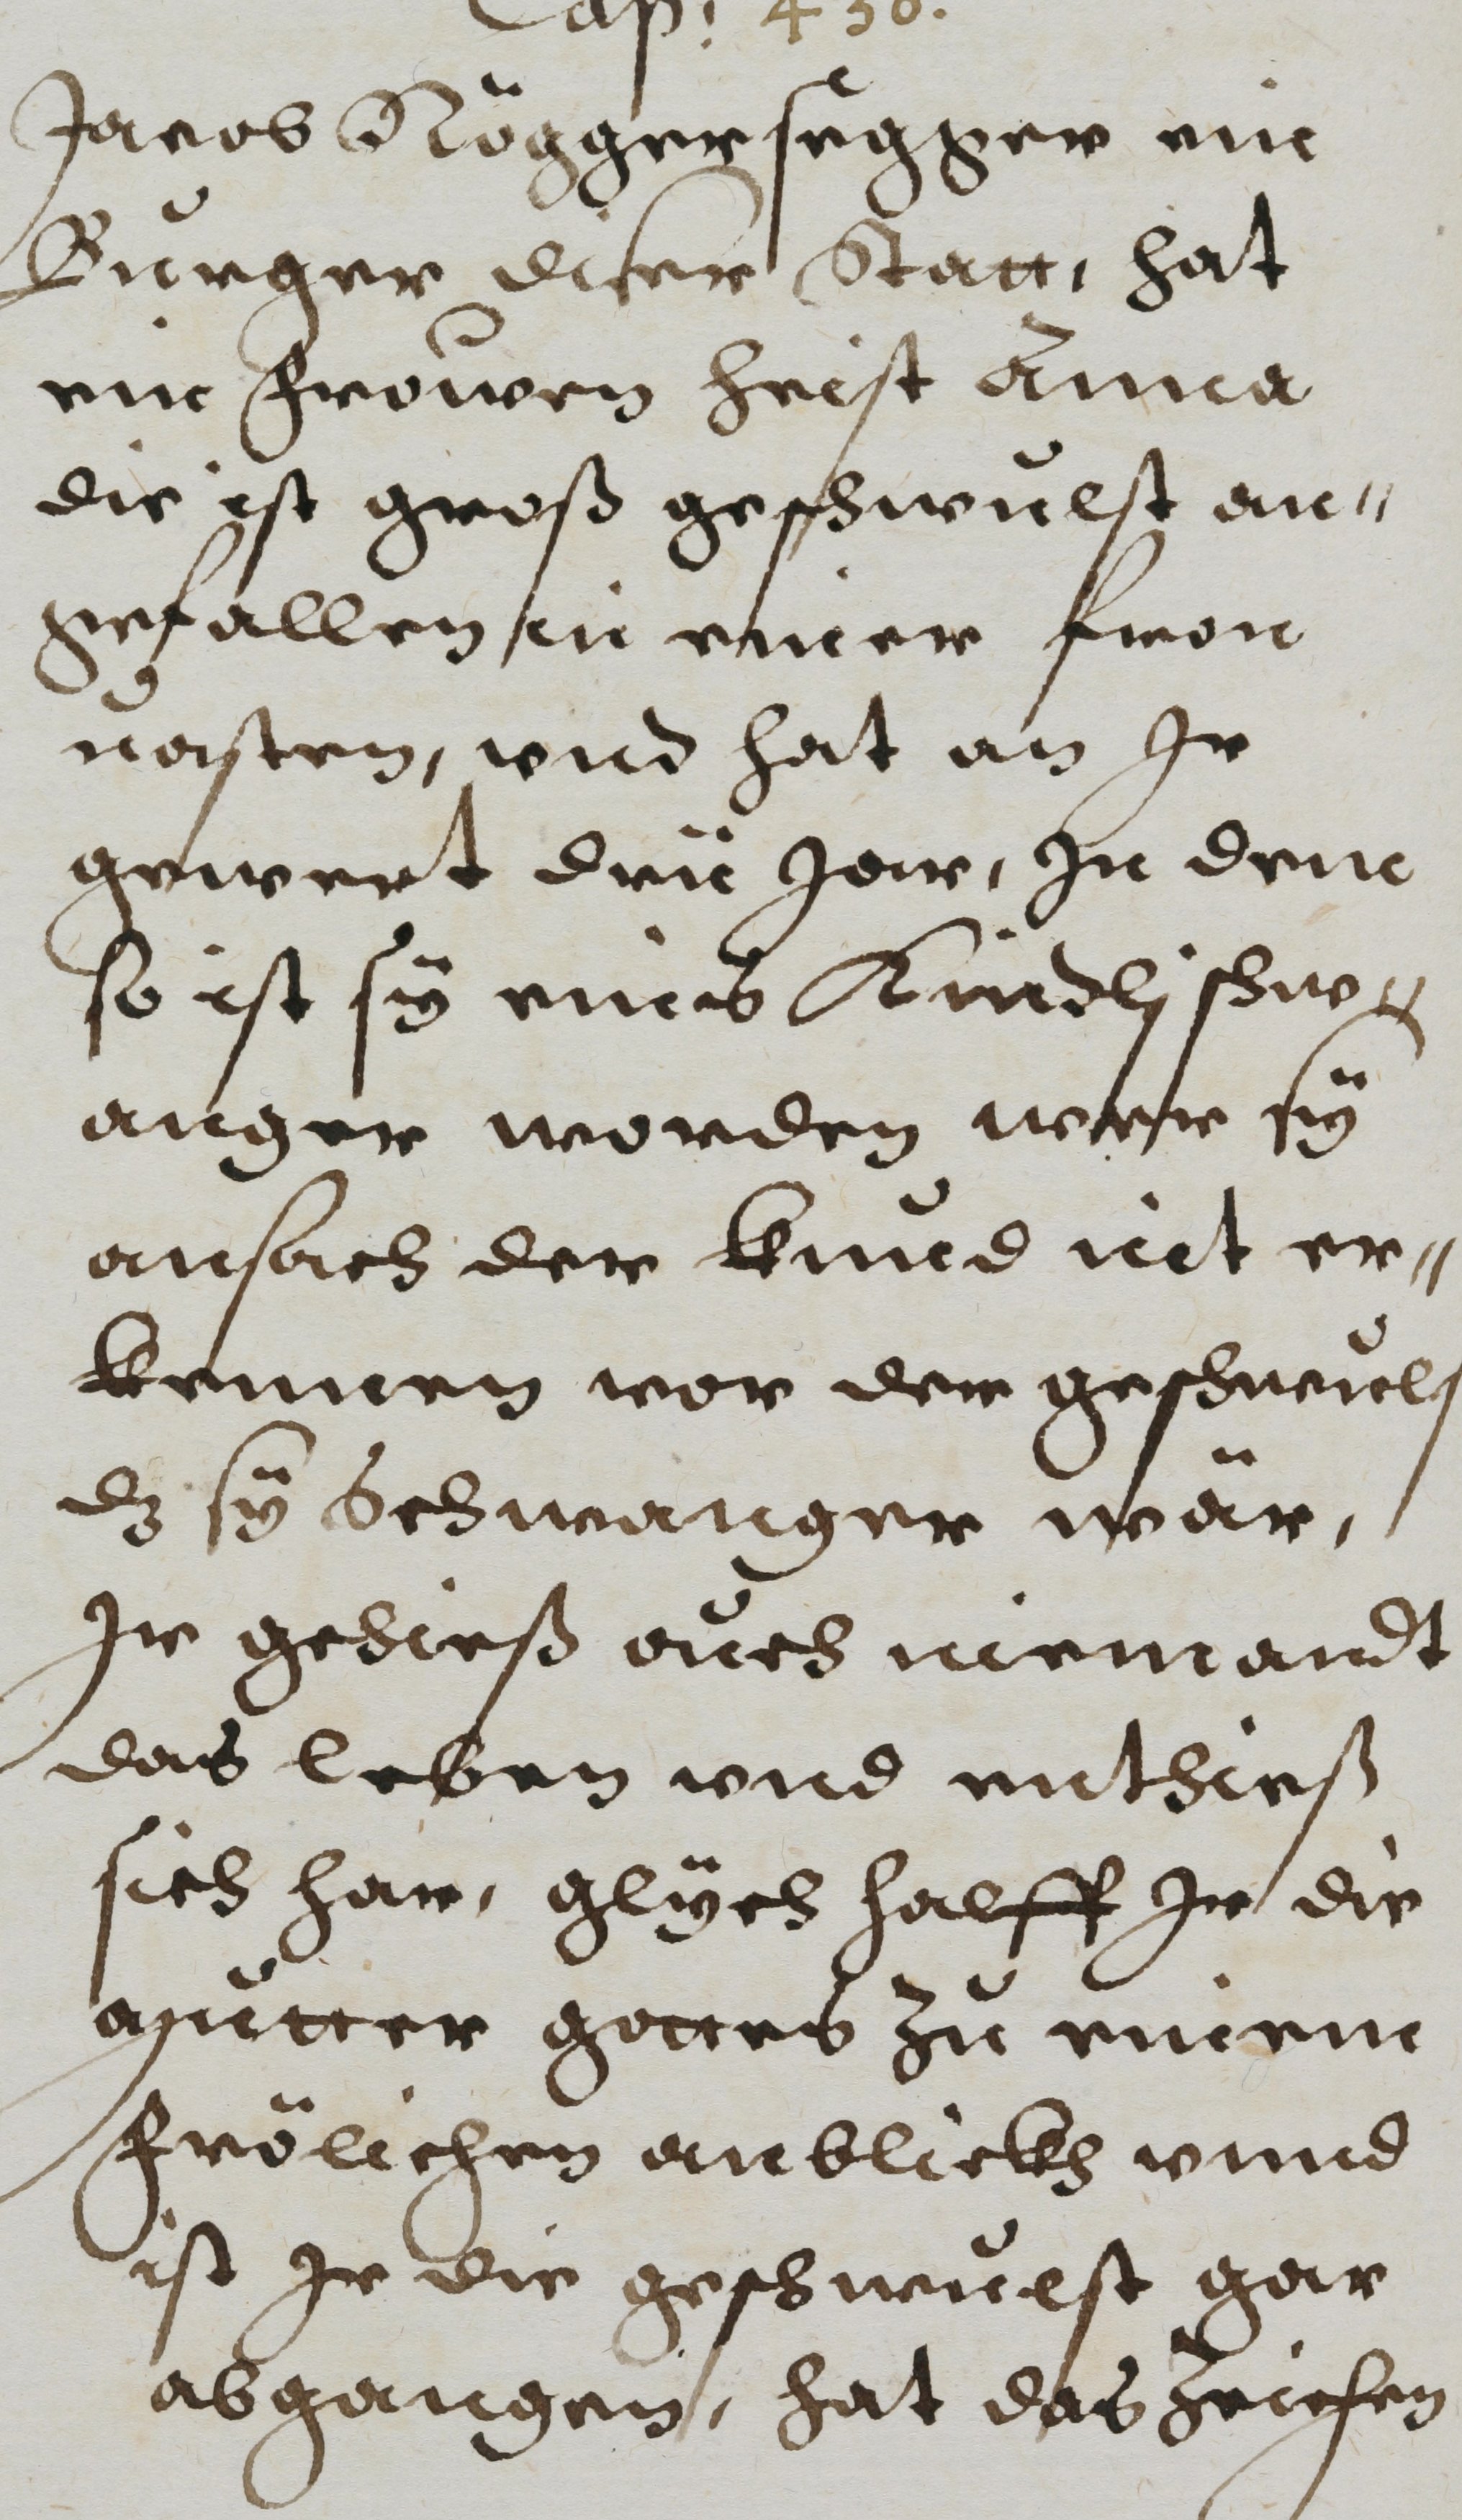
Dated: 1608–1608